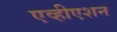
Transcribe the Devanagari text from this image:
एव्हीएशन